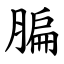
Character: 䐔